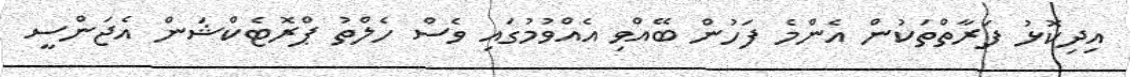
އިދިކޮޅު ފަރާތްތަކުން އެންމެ ފަހުން ބޭއްވި އެއްވުމުގައި ވެސް ހެލްތު ޕްރޮޓެކްޝަން އެޖަންސީ